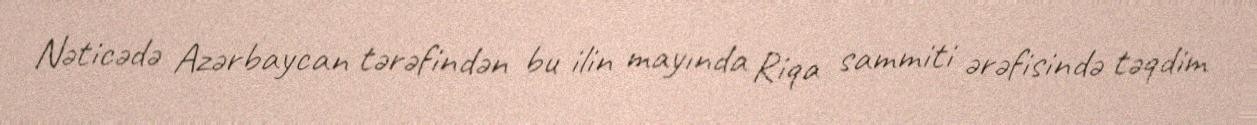
Nəticədə Azərbaycan tərəfindən bu ilin mayında Riqa sammiti ərəfisində təqdim